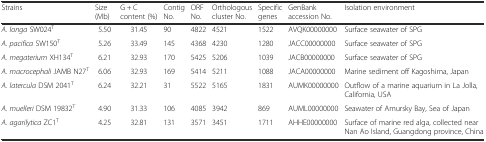
<table><thead><tr><td><b>Strains</b></td><td><b>Size (Mb)</b></td><td><b>G + C content (%)</b></td><td><b>Contig No.</b></td><td><b>ORF No.</b></td><td><b>Orthologous cluster No.</b></td><td><b>Specific genes</b></td><td><b>GenBank accession No.</b></td><td><b>Isolation environment</b></td></tr></thead><tbody><tr><td><i>A. longa</i> SW024<sup>T</sup></td><td>5.50</td><td>31.45</td><td>90</td><td>4822</td><td>4521</td><td>1522</td><td>AVQK00000000</td><td>Surface seawater of SPG</td></tr><tr><td><i>A. pacifica</i> SW150<sup>T</sup></td><td>5.26</td><td>33.49</td><td>145</td><td>4368</td><td>4230</td><td>1280</td><td>JACC00000000</td><td>Surface seawater of SPG</td></tr><tr><td><i>A. megaterium</i> XH134<sup>T</sup></td><td>6.21</td><td>32.93</td><td>170</td><td>5425</td><td>5206</td><td>1039</td><td>JACB00000000</td><td>Surface seawater of SPG</td></tr><tr><td><i>A. macrocephali</i> JAMB N27<sup>T</sup></td><td>6.06</td><td>32.93</td><td>169</td><td>5414</td><td>5211</td><td>1088</td><td>JACA00000000</td><td>Marine sediment off Kagoshima, Japan</td></tr><tr><td><i>A. latercula</i> DSM 2041<sup>T</sup></td><td>6.24</td><td>32.21</td><td>31</td><td>5522</td><td>5165</td><td>1831</td><td>AUMK00000000</td><td>Outflow of a marine aquarium in La Jolla, California, USA</td></tr><tr><td><i>A. muelleri</i> DSM 19832<sup>T</sup></td><td>4.90</td><td>31.33</td><td>106</td><td>4085</td><td>3942</td><td>869</td><td>AUML00000000</td><td>Seawater of Amursky Bay, Sea of Japan</td></tr><tr><td><i>A. agarilytica</i> ZC1<sup>T</sup></td><td>4.25</td><td>32.81</td><td>131</td><td>3571</td><td>3451</td><td>1711</td><td>AHHE00000000</td><td>Surface of marine red alga, collected near Nan Ao Island, Guangdong province, China</td></tr></tbody></table>